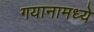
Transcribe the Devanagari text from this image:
गयानामध्ये